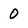
Character: 0